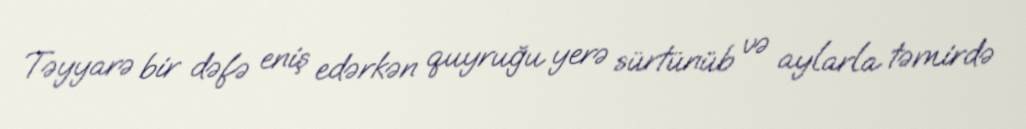
Təyyarə bir dəfə eniş edərkən quyruğu yerə sürtünüb və aylarla təmirdə